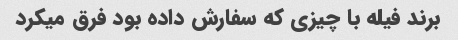
برند فیله با چیزی که سفارش داده بود فرق میکرد